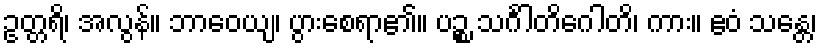
ဥတ္တရိ၊ အလွန်။ ဘာဝေယျ၊ ပွားစေရာ၏။ ပဉ္စ သင်္ဂါတိဂေါတိ၊ ကား။ ဧဝံ သန္တေ၊